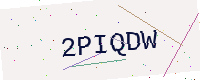
Text: 2PIQDW